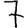
Digit: 7